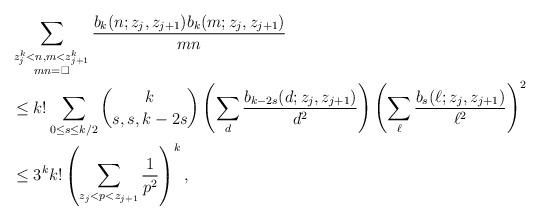
LaTeX: \begin{align*}&\sum_{\substack{z_j^k<n, m<z_{j+1}^k\\ mn=\square}}\frac{b_{k}(n;z_j,z_{j+1})b_{k}(m;z_j,z_{j+1})}{mn}\\&\leq k! \sum_{0\leq s\leq k/2}\binom{k}{s, s, k-2s}\left(\sum_{d}\frac{b_{k-2s}(d;z_j,z_{j+1})}{d^2}\right) \left(\sum_{\ell} \frac{b_{s}(\ell;z_j,z_{j+1})}{\ell^2}\right)^2\\&\leq 3^k k!\left(\sum_{z_j<p<z_{j+1}}\frac{1}{p^2}\right)^{k},\end{align*}